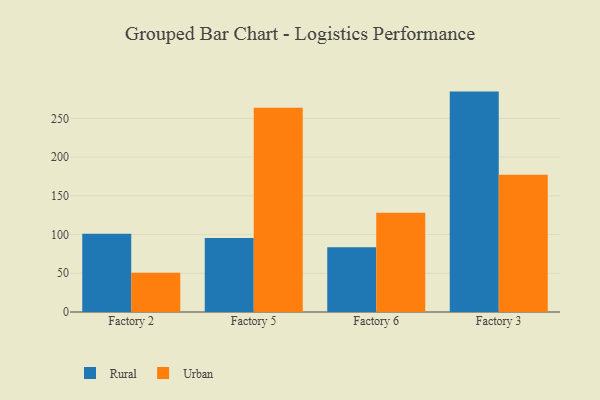
{"axis": {"x": "Factory", "y": "Energy Usage (MWh)"}, "legend": ["Rural", "Urban"], "data": [{"x": "Factory 2", "y": 101.0, "type": "Rural"}, {"x": "Factory 2", "y": 50.7, "type": "Urban"}, {"x": "Factory 5", "y": 95.5, "type": "Rural"}, {"x": "Factory 5", "y": 263.6, "type": "Urban"}, {"x": "Factory 6", "y": 83.5, "type": "Rural"}, {"x": "Factory 6", "y": 128.0, "type": "Urban"}, {"x": "Factory 3", "y": 284.6, "type": "Rural"}, {"x": "Factory 3", "y": 177.2, "type": "Urban"}]}